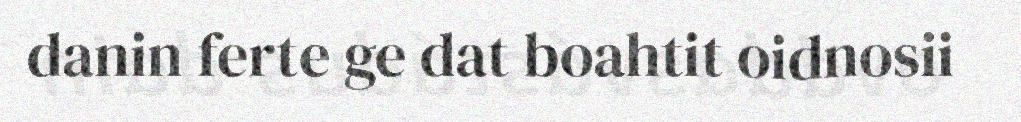
danin ferte ge dat boahtit oidnosii